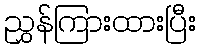
ညွှန်ကြားထားပြီး